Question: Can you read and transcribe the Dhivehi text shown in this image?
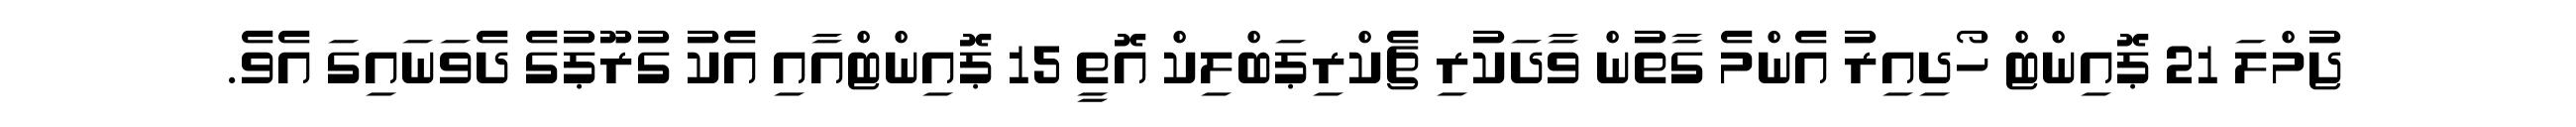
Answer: ޖުމްލަ 21 ޕޮއިންޓް ހޯދިއިރު އެންމެ ގާތުން ވާދަކުރި ޗެކްރިޕަބްލިކް އޮތީ 15 ޕޮއިންޓްއާއި އެކު ގުރޫޕުގެ ދެވަނައިގަ އެވެ.